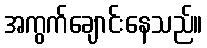
အကွက်ချောင်းနေသည်။